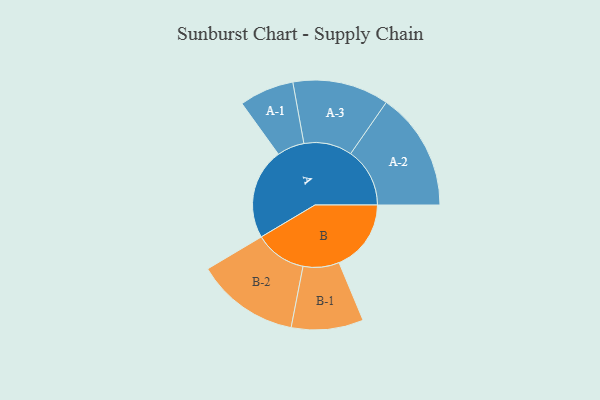
{"axis": {"x": "Segment", "y": "Value"}, "legend": ["", "A", "B"], "data": [{"x": "A", "y": 449, "type": ""}, {"x": "B", "y": 356, "type": ""}, {"x": "A-1", "y": 135, "type": "A"}, {"x": "A-2", "y": 292, "type": "A"}, {"x": "A-3", "y": 238, "type": "A"}, {"x": "B-1", "y": 178, "type": "B"}, {"x": "B-2", "y": 255, "type": "B"}]}